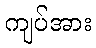
ကျပ်အား